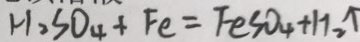
H _ { 2 } S O _ { 4 } + F e = F e S O _ { 4 } + H _ { 2 } \uparrow